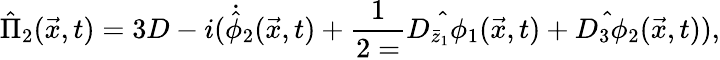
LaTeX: {\hat{\Pi}}_{2}(\vec{x},t)=3D-i({\dot{\hat{\phi}}}_{2}(\vec{x},t)+\frac{1}{2=}\hat{D_{{\bar{z}}_{1}}\phi_{1}}(\vec{x},t)+\hat{D_{3}\phi_{2}}(\vec{x},t)),